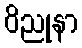
ဝိညုနာ